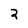
Character: 2